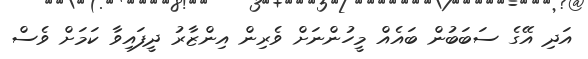
އަދި އޭގެ ސަބަބުން ބައެއް މީހުންނަށް ވެރިން އިންޒާރު ދީފައިވާ ކަމަށް ވެސް